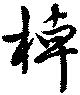
棹